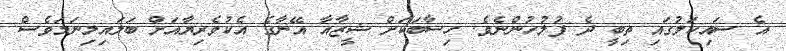
އެ ސައިކަލުގައި ތިބީ ދެ ފުލުހުންނެވެ. ހިސާބަކަށް ޝީޒާއާ އޭނާގެ އެކުވެރިޔާއަށް ބަލައިލިނަމަވެސް